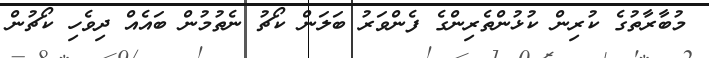
މުބާރާތުގެ ކުރިން ކުޅުންތެރިންގެ ފެންވަރު ބަލަން ކޯޗު ނެތުމުން ބައެއް ދިވެހި ކޯޗުން